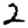
Digit: 2